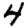
Digit: 4